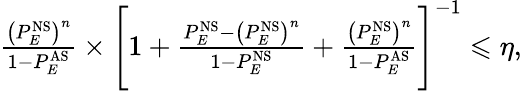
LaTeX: \begin{array}{r}{\frac{\big(P_{E}^{\mathrm{NS}}\big)^{n}}{1-P_{E}^{\mathrm{AS}}}\times\Bigg[1+\frac{P_{E}^{\mathrm{NS}}-\big(P_{E}^{\mathrm{NS}}\big)^{n}}{1-P_{E}^{\mathrm{NS}}}+\frac{\big(P_{E}^{\mathrm{NS}}\big)^{n}}{1-P_{E}^{\mathrm{AS}}}\Bigg]^{-1}\leqslant\eta,}\end{array}